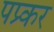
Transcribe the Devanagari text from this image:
पप्र्कर